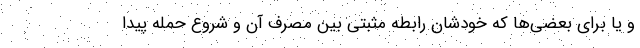
و یا برای بعضی‌ها که خودشان رابطه مثبتی بین مصرف آن و شروع حمله پیدا